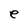
Character: e